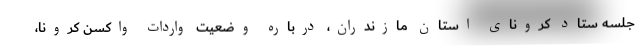
جلسه ستاد کرونای استان مازندران، درباره وضعیت واردات واکسن کرونا،